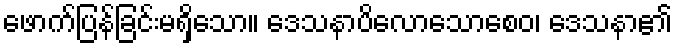
ဖောက်ပြန်ခြင်းမရှိသော။ ဒေသနာပိလောသောစေဝ၊ ဒေသနာ၏